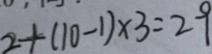
2 + ( 1 0 - 1 ) \times 3 = 2 9